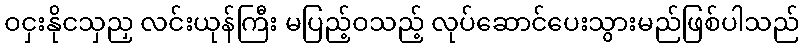
ဝငှးနိုငသှညှ လင်းယုန်ကြီး မပြည့်ဝသည့် လုပ်ဆောင်ပေးသွားမည်ဖြစ်ပါသည်